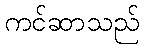
ကင်ဆာသည်